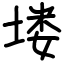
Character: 𪣻